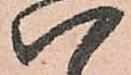
八